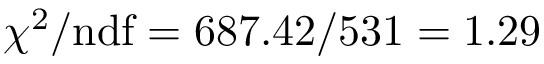
\chi ^ { 2 } / \mathrm { n d f } = 6 8 7 . 4 2 / 5 3 1 = 1 . 2 9